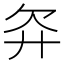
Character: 𬅝